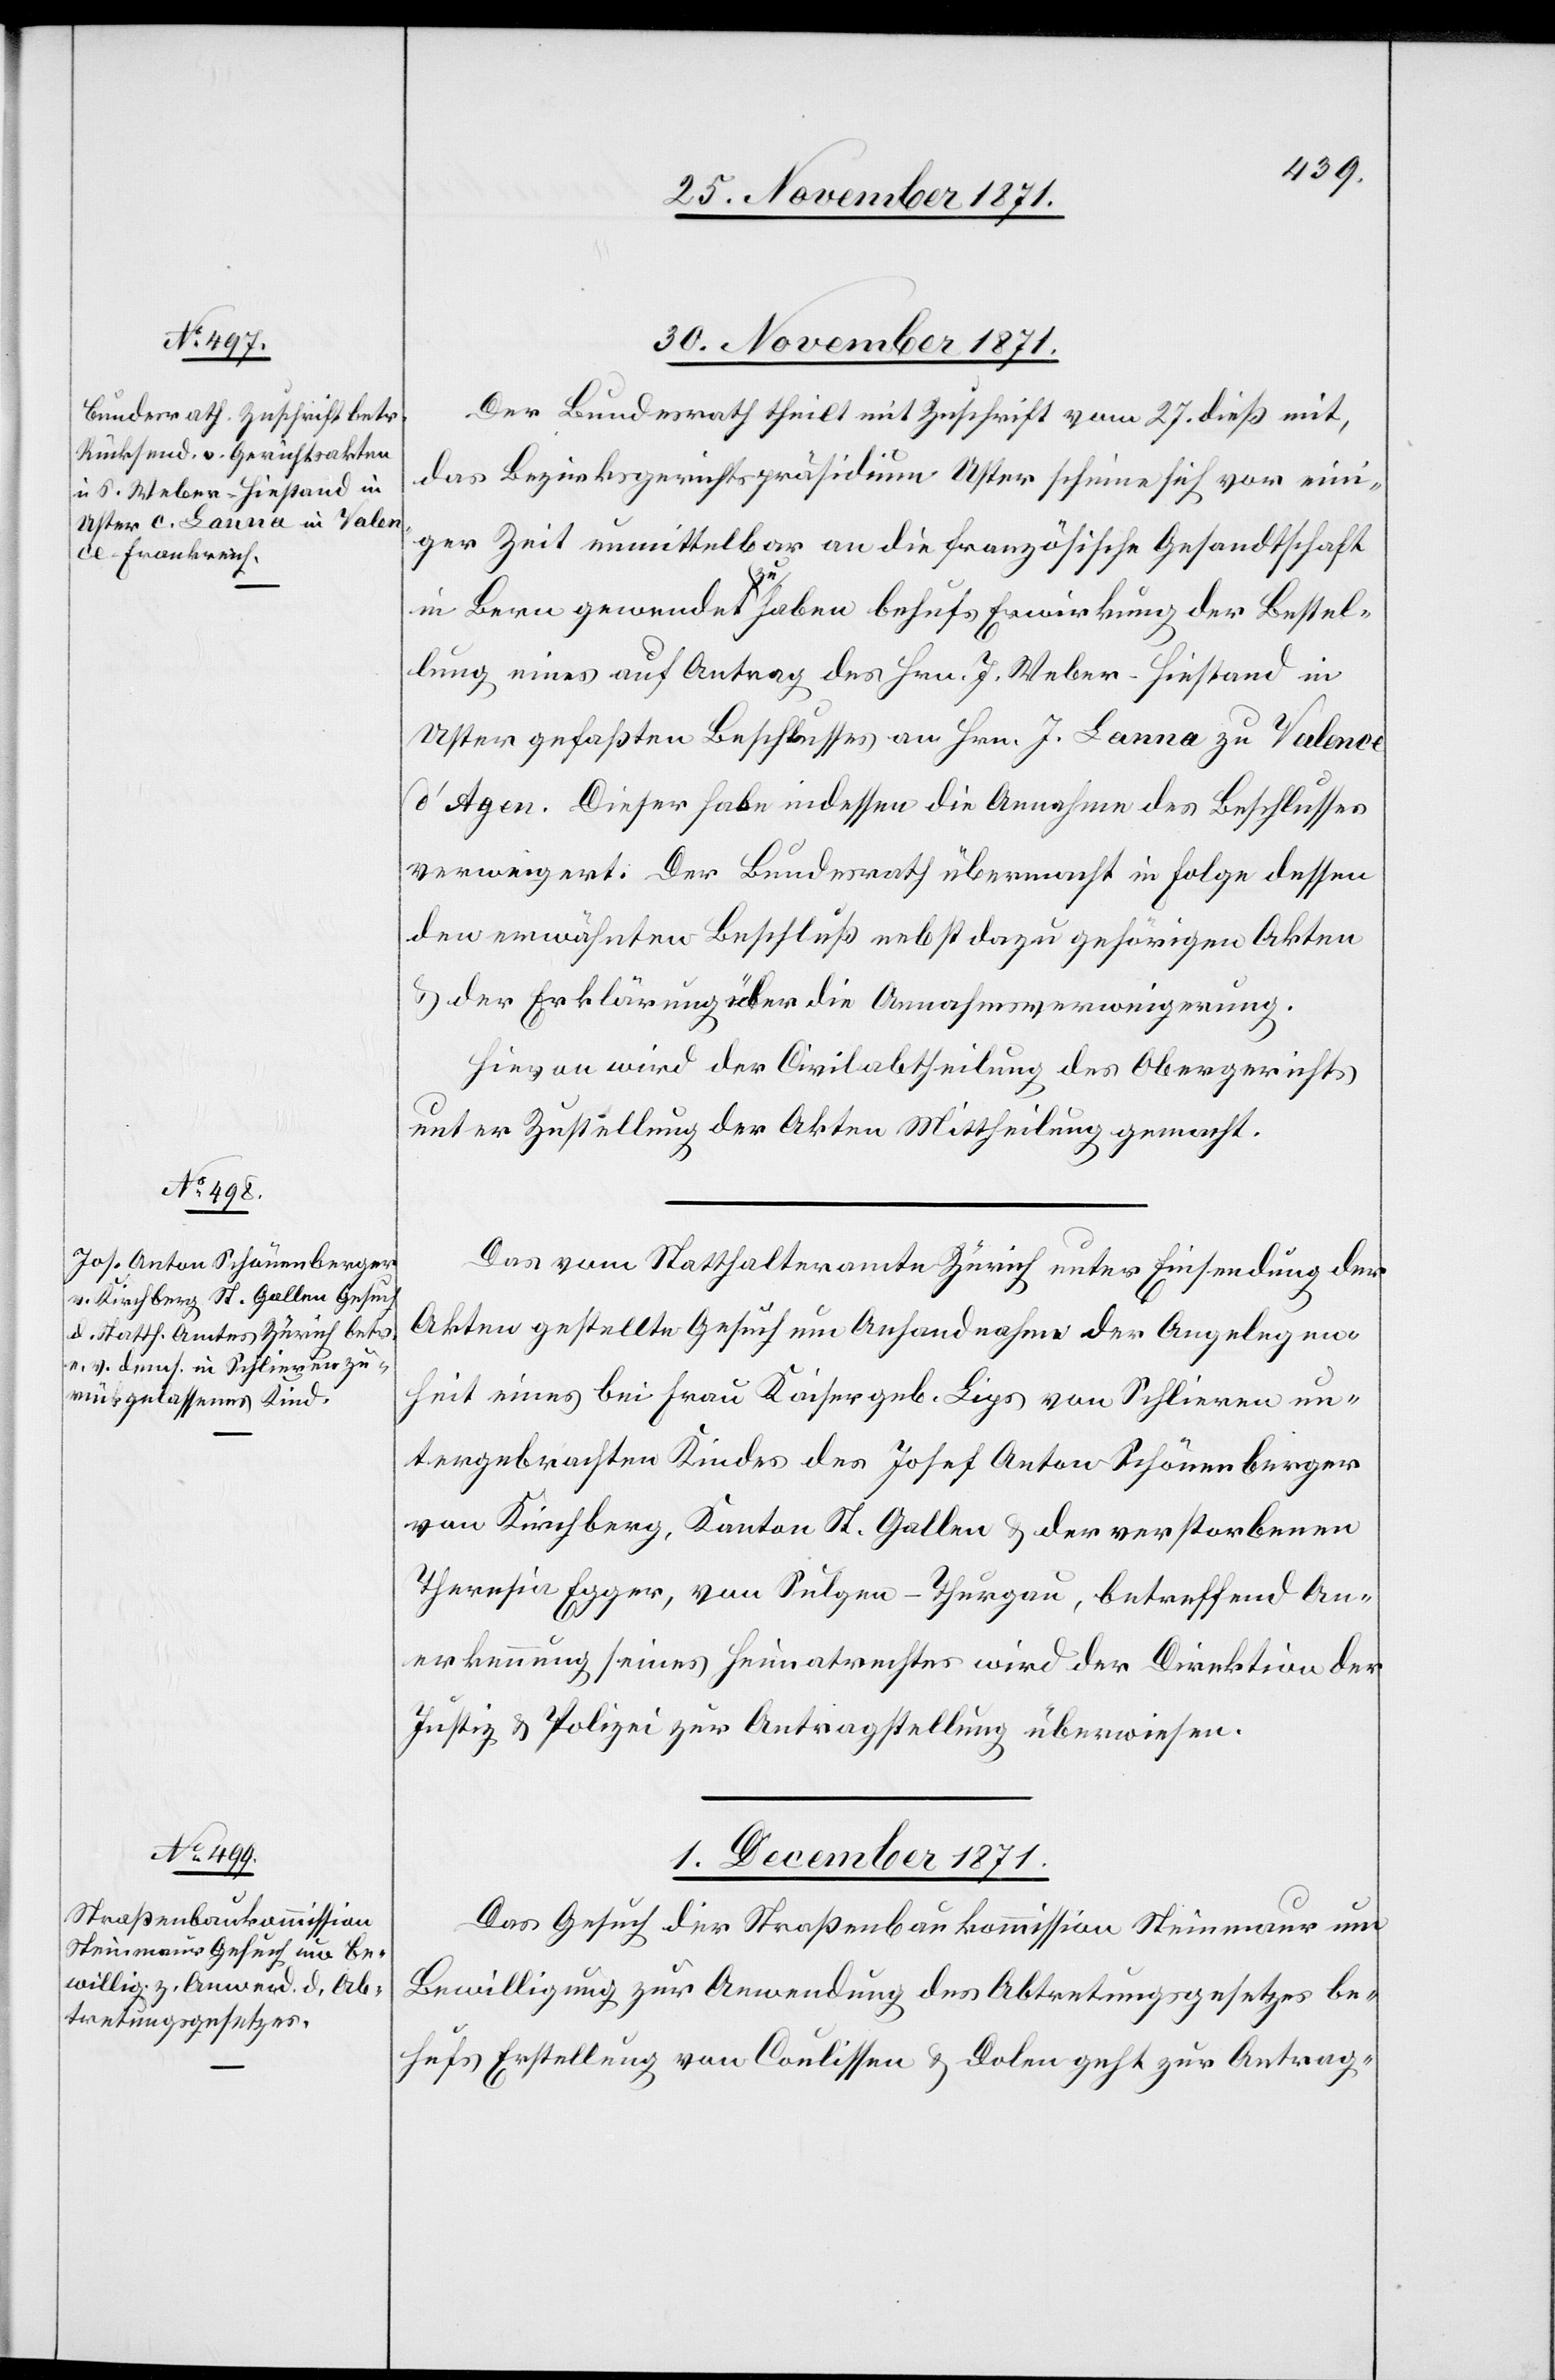
30. November 1871.]
Der Bundesrath theilt mit Zuschrift vom 27. dieß mit,
das Bezirksgerichtspräsidium Uster schien sich vor eini¬
ger Zeit unmittelbar an die französische Gesandtschaft
in Bern gewendet a-zu-a haben behufs Erwirkung der Bestel¬
lung eines auf Antrag des Hrn. J. Weber-Hiestand in
Uster gefaßten Beschlusses an Hrn. J. Lanna zu Valcene
d’Agen. Dieser habe indessen die Annahme des Beschlusses
verweigert. Der Bundesrath übermacht in Folge dessen
den erwähnten Beschluß nebst dazu gehörigen Akten
& der Erklärung über die Annahmsverweigerung.
Hievon wird der Civilabtheilung des Obergerichts
unter Zustellung der Akten Mittheilung gemacht.
Das vom Statthalteramte Zürich unter Einsendung der
Akten gestellte Gesuch um Anhandnahme der Angelegen¬
heit eines bei Frau Kaiser geb. Lips von Schlieren un¬
tergebrachten Kindes des Josef Anton Schönenberger
von Kirchberg, Kanton St. Gallen & der verstorbenen
Theresia Egger, von Sulgen - Thurgau, betreffend An¬
erkennung seines Heimatrechtes wird der Direktion der
Justiz & Polizei zur Antragstellung überwiesen.
1. Dezember 1871.
Das Gesuch der Straßenbaukommission Steinmaur um
Bewilligung zur Anwendung des Abtretungsgesetzes be¬
hufs Erstellung von Coulissen & Dolen geht zur Antrag-